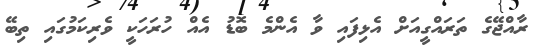
ރާއްޖޭގެ ތަރައްގީއަށް އެޅިފައި ވާ އެންމެ ބޮޑު އެއް ހުރަހަކީ ވެރިކަމުގައި ތިބޭ